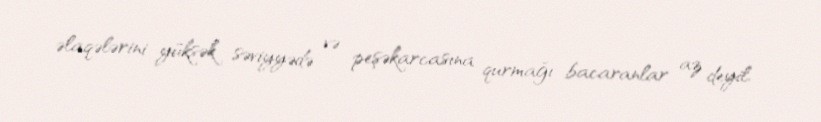
əlaqələrini yüksək səviyyədə və peşəkarcasına qurmağı bacaranlar az deyil.